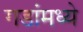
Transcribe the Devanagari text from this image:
गडांमध्ये